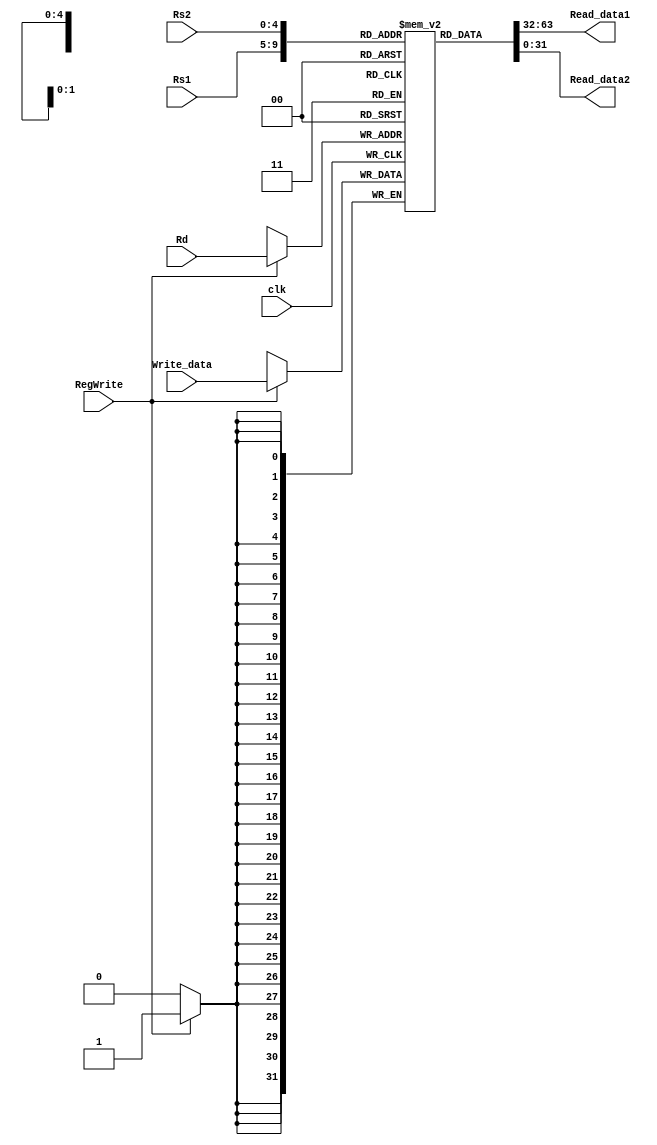
module RegisterFile(clk,Rs1,Rs2,Rd,Write_data,RegWrite,Read_data1,Read_data2);
input clk,RegWrite;
input [4:0] Rs1;
input [4:0] Rs2;
input [4:0] Rd;
input [31:0] Write_data;
output [31:0] Read_data1,Read_data2;
reg [31:0] Register [31:0];
generate
    integer i;
    initial begin
      for (i = 0; i <= 31; i = i + 1) begin
        Register[i] = 0;
      end
    end
endgenerate
always @(posedge clk)
begin
if(RegWrite)
	Register[Rd]= Write_data;
end 
assign Read_data1 = Register[Rs1];
assign Read_data2 = Register[Rs2];
endmodule